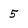
Character: 5